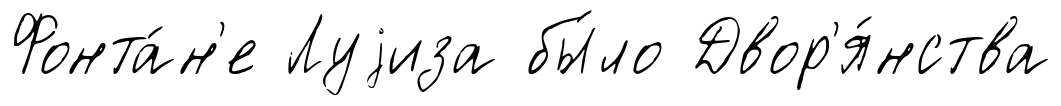
Фонта́н'е Луjиза бы́ло Двор'я́нства